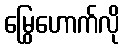
မြွေဟောက်လို